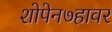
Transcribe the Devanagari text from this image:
शोपेन७हावर